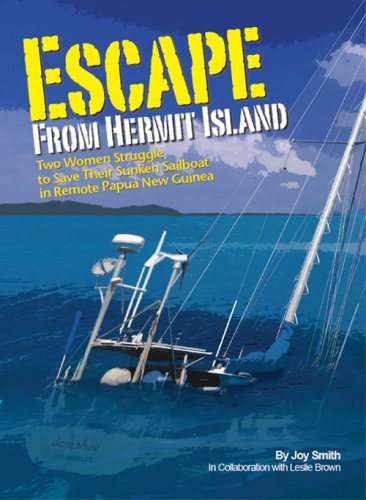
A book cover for Escape From Hermit Island; Joy Smith; Travel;